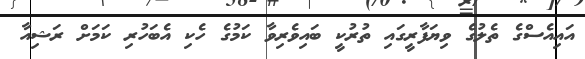
އައިއެސްގެ ތެލުގެ ވިޔަފާރީގައި ތުރުކީ ބައިވެރިވާ ކަމުގެ ހެކި އެބަހުރި ކަމަށް ރަޝިއާ